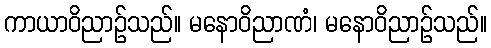
ကာယာဝိညာဉ်သည်။ မနောဝိညာဏံ၊ မနောဝိညာဉ်သည်။